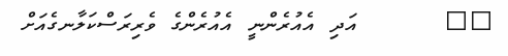
٥٩      އަދި އެއުރެންނީ އެއުރެންގެ ވެރިރަސްކަލާނގެއަށް